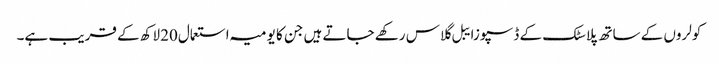
کولروں کے ساتھ پلاسٹک کے ڈسپوزایبل گلاس رکھے جاتے ہیں جن کا یومیہ استعمال20 لاکھ کے قریب ہے۔